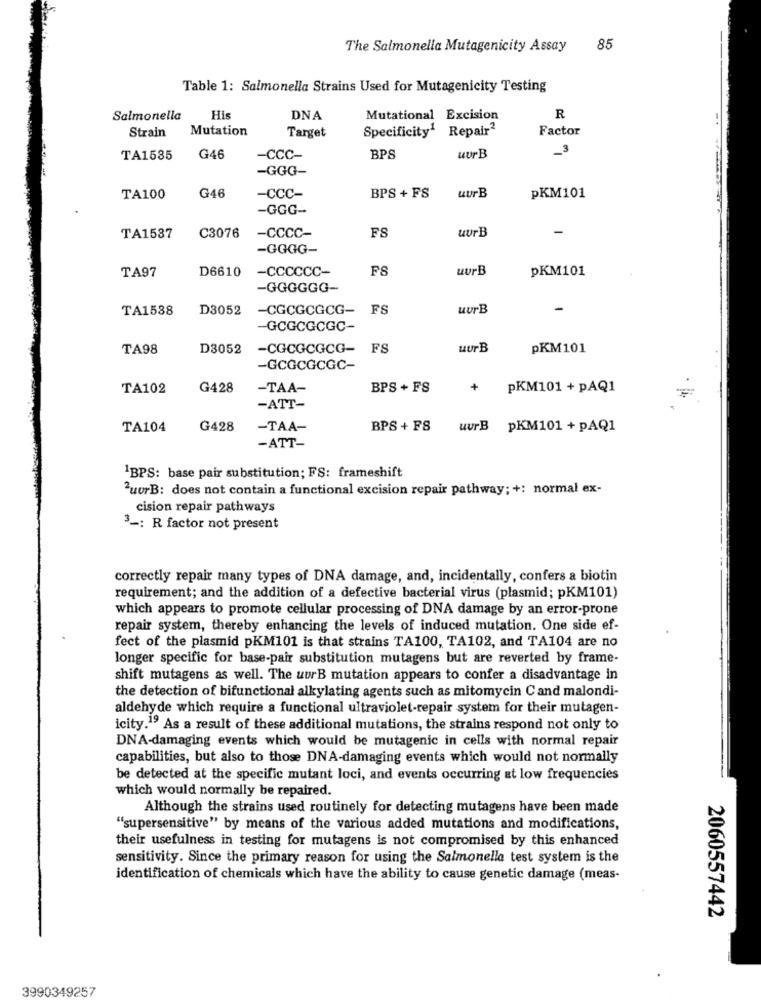
The Salmonella Mutagenicity Assay
85
Table 1: Salmonella Strains Used for Mutagenicity Testing
Salmonella
His
DNA
Mutational Excision
R
Strain
Mutation
Target
Specificity' Repair2
Factor
3
TA1535
G46
-CCC-
BPS
uurB
-GGG-
uurB
TA100
G46
-Ccc-
BPS + FS
pKM101
-GGG-
-CCCc-
FS
uur B
TA1537
C3076
-GGGG-
TA97
D6610
-CCCCcc-
F8
uurB
pKM101
-GGGGGG-
TA1538
D3052
-CGCGCGCG-
FS
uurB
-
-GCGCGCGC-
TA98
D3052
-CGCGCGCG- FS
uurB
pKM101
-GCGCGCGC-
TA102
G428
-TAA-
BPS + FS
+
pKM101 + pAQ1
-ATT-
TA104
G428
-TAA-
BPS + FS
uurB pKM101 + pAQ1
-ATT-
1BPS: base pair substitution; FS: frameshift
PuurB: does not contain a functional excision repair pathway; +: normal ex-
cision repair pathways
3 -: R factor not present
correctly repair many types of DNA damage, and, incidentally, confers a biotin
requirement; and the addition of a defective bacterial virus (plasmid; pKM101)
which appears to promote cellular processing of DNA damage by an error-prone
repair system, thereby enhancing the levels of induced mutation. One side ef-
fect of the plasmid pKM101 is that strains TA100, TA102, and TA104 are no
longer specific for base-pair substitution mutagens but are reverted by frame-
shift mutagens as well. The uurB mutation appears to confer a disadvantage in
the detection of bifunctional alkylating agents such as mitomycin Cand malondi-
aldehyde which require a functional ultraviolet-repair system for their mutagen-
icity.19 As a result of these additional mutations, the strains respond not only to
DNA-damaging events which would be mutagenic in cells with normal repair
capabilities, but also to those DNA-damaging events which would not normally
be detected at the specific mutant loci, and events occurring at low frequencies
which would normally be repaired.
Although the strains used routinely for detecting mutagens have been made
""supersensitive" by means of the various added mutations and modifications,
their usefulness in testing for mutagens is not compromised by this enhanced
sensitivity. Since the primary reason for using the Salmonella test system is the
identification of chemicals which have the ability to cause genetic damage (meas-
2060557442
3990349257